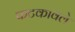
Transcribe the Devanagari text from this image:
फटकावले